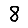
Digit: 8